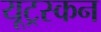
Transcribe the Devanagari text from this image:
यूट्रस्कन